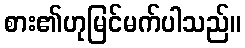
စား၏ဟုမြင်မက်ပါသည်။